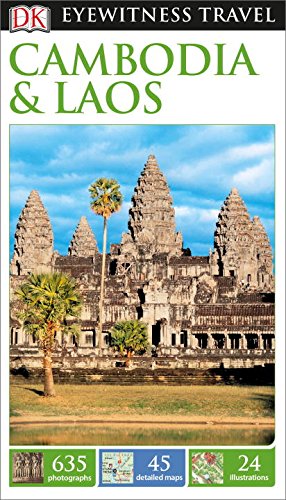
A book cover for DK Eyewitness Travel Guide: Cambodia & Laos; DK Publishing; Travel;